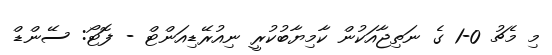
މި މެޗު 0-1 ގެ ނަތިޖާއަކުން ކާމިޔާބުކުރީ ނިއުރޭޑިއަންޓް - ފޮޓޯ: ސޭންޑް